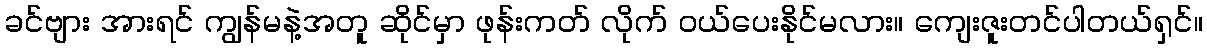
ခင်ဗျား အားရင် ကျွန်မနဲ့အတူ ဆိုင်မှာ ဖုန်းကတ် လိုက် ဝယ်ပေးနိုင်မလား။ ကျေးဇူးတင်ပါတယ်ရှင်။